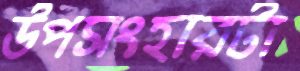
উপসংহারটা